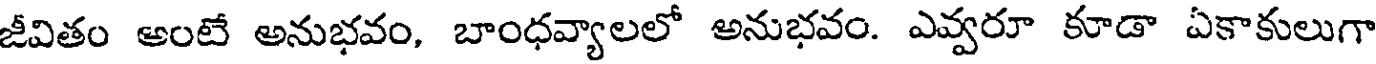
జీవితం అంటే అనుభవం, బాంధవ్యాలలో అనుభవం. ఎవ్వరూ కూడా ఏకాకులుగా